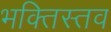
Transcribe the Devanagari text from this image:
भक्तिस्तव